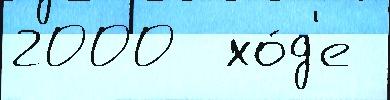
2000  хо́д'е